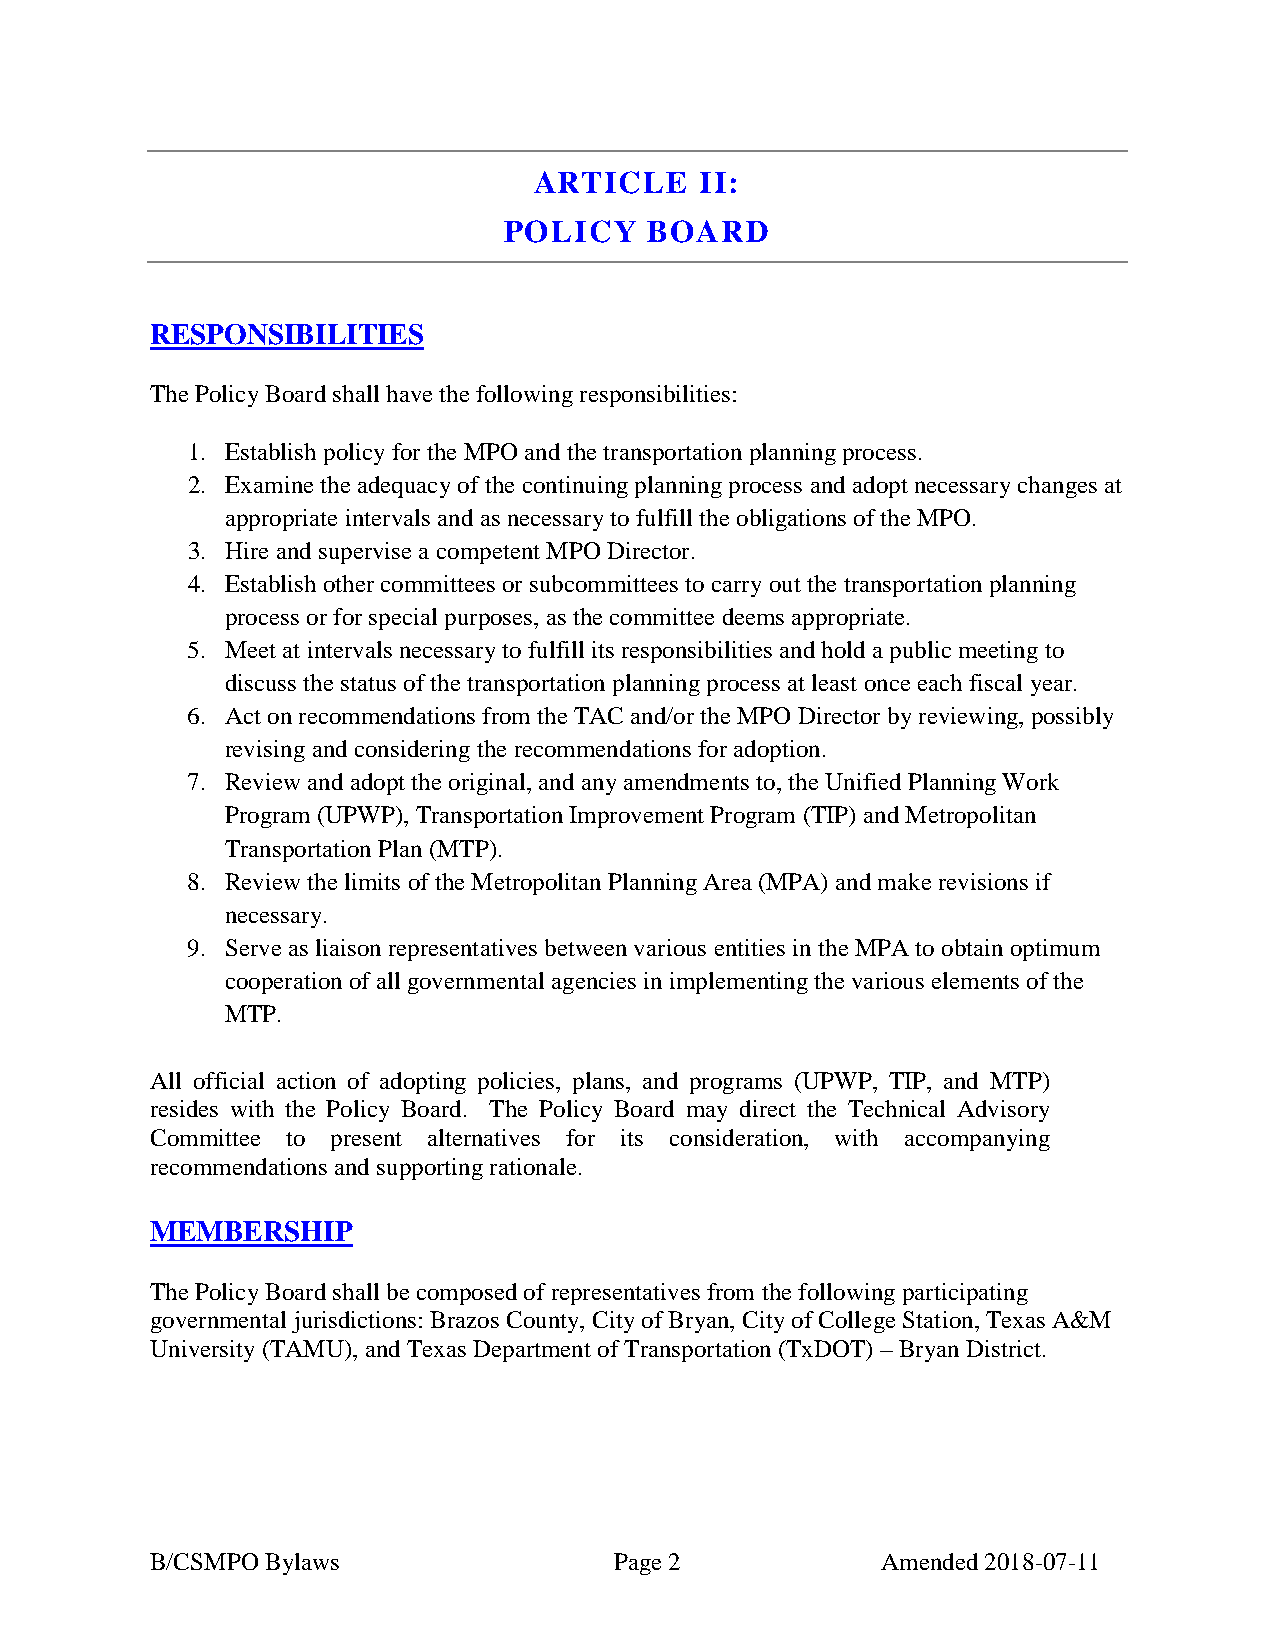
ARTICLE    II:
 POLICY    BOARD
 RESPONSIBILITIES
 The Policy Board shall have the following responsibilities:
 1. Establish policy for the MPO and the transportation planning process.
 2. Examine the adequacy of the continuing planning process and adopt necessary changes at
 appropriate intervals and as necessary to fulfill the obligations of the MPO.
 3. Hire and supervise a competent MPO Director.
 4. Establish other committees or subcommittees to carry out the transportation planning
 process or for special purposes, as the committee deems appropriate.
 5. Meet at intervals necessary to fulfill its responsibilities and hold a public meeting to
 discuss the status of the transportation planning process at least once each fiscal year.
 6. Act on recommendations from the TAC and/or the MPO Director by reviewing, possibly
 revising and considering the recommendations for adoption.
 7. Review and adopt the original, and any amendments to, the Unified Planning Work
 Program (UPWP), Transportation Improvement Program (TIP) and Metropolitan
 Transportation Plan (MTP).
 8. Review the limits of the Metropolitan Planning Area (MPA) and make revisions if
 necessary.
 9. Serve as liaison representatives between various entities in the MPA to obtain optimum
 cooperation of all governmental agencies in implementing the various elements of the
 MTP.
 All official action of adopting policies, plans, and programs (UPWP, TIP, and MTP)
 resides with the Policy Board. The Policy Board may direct the Technical Advisory
 Committee to present alternatives for its consideration, with accompanying
 recommendations and supporting rationale.
 MEMBERSHIP
 The Policy Board shall be composed of representatives from the following participating
 governmental jurisdictions: Brazos County, City of Bryan, City of College Station, Texas A&M
 University (TAMU), and Texas Department of Transportation (TxDOT) – Bryan District.
 B/CSMPO Bylaws                 Page 2           Amended 2018-07-11